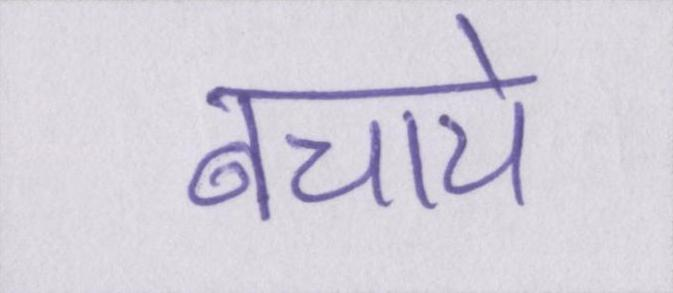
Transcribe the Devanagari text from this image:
बचाये